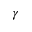
\gamma